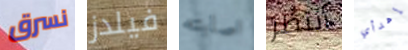
نسرق فيلدز اصابته أنتظر إهدأي